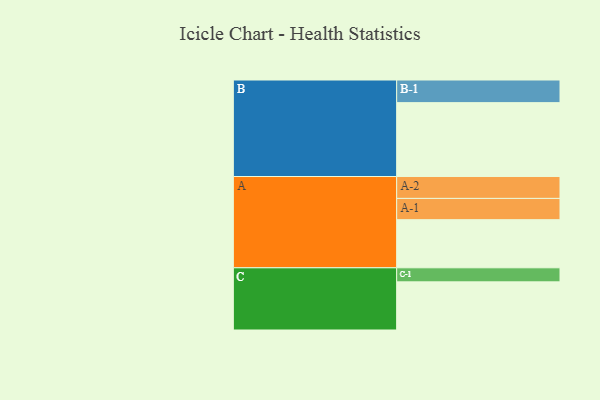
{"axis": {"x": "Segment", "y": "Value"}, "legend": ["", "A", "B", "C"], "data": [{"x": "A", "y": 387, "type": ""}, {"x": "B", "y": 594, "type": ""}, {"x": "C", "y": 387, "type": ""}, {"x": "A-1", "y": 171, "type": "A"}, {"x": "A-2", "y": 176, "type": "A"}, {"x": "B-1", "y": 182, "type": "B"}, {"x": "C-1", "y": 113, "type": "C"}]}